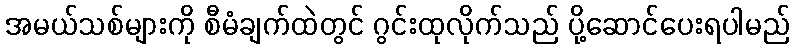
အမယ်သစ်များကို စီမံချက်ထဲတွင် ဂွင်းထုလိုက်သည် ပို့ဆောင်ပေးရပါမည်